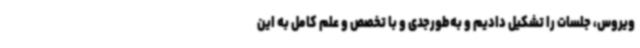
ویروس، جلسات را تشکیل دادیم و به‌طورجدی و با تخصص و علم کامل به این